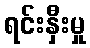
ရင်းနှီးမှု